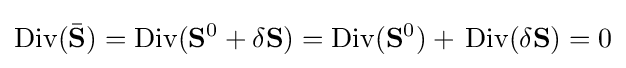
{\rm {Div}}({\bar {\bf {S}}})={\rm {Div}}({\bf {S}}^{0}+\delta {\bf {S}})={\rm {Div}}({\bf {S}}^{0})+\,{\rm {Div}}(\delta {\bf {S}})=0